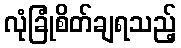
လုံခြုံစိတ်ချရသည့်